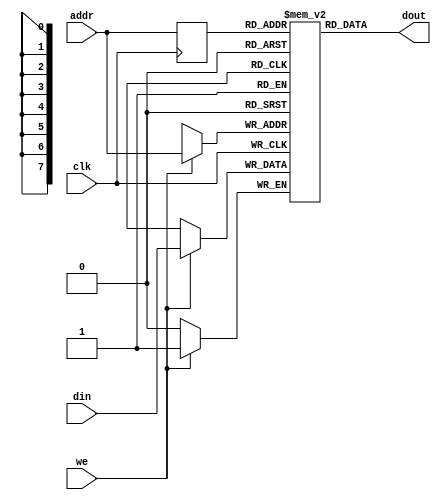
// Single port RAM with synchronous read


module singlePort_ramSR #(parameter ADDR_WIDTH = 8, parameter DATA_WIDTH = 1)
(
	input clk, 
	
	input we,
	input  [ADDR_WIDTH-1:0]  addr, 
	input  [DATA_WIDTH-1:0]   din, 
	output [DATA_WIDTH-1:0]  dout
);

//ram
reg [DATA_WIDTH-1:0] ram [2**ADDR_WIDTH-1:0]; 
reg [ADDR_WIDTH-1:0]regAddr; 

always @(posedge clk)
begin 
	if(we) 
		ram[addr] <= din; 
	regAddr <= addr; 
end
assign dout = ram[regAddr]; 

endmodule